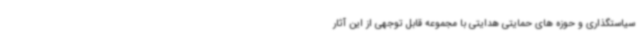
سیاستگذاری و حوزه های حمایتی هدایتی با مجموعه قابل توجهی از این آثار